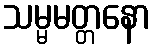
သမ္မမတ္တနော